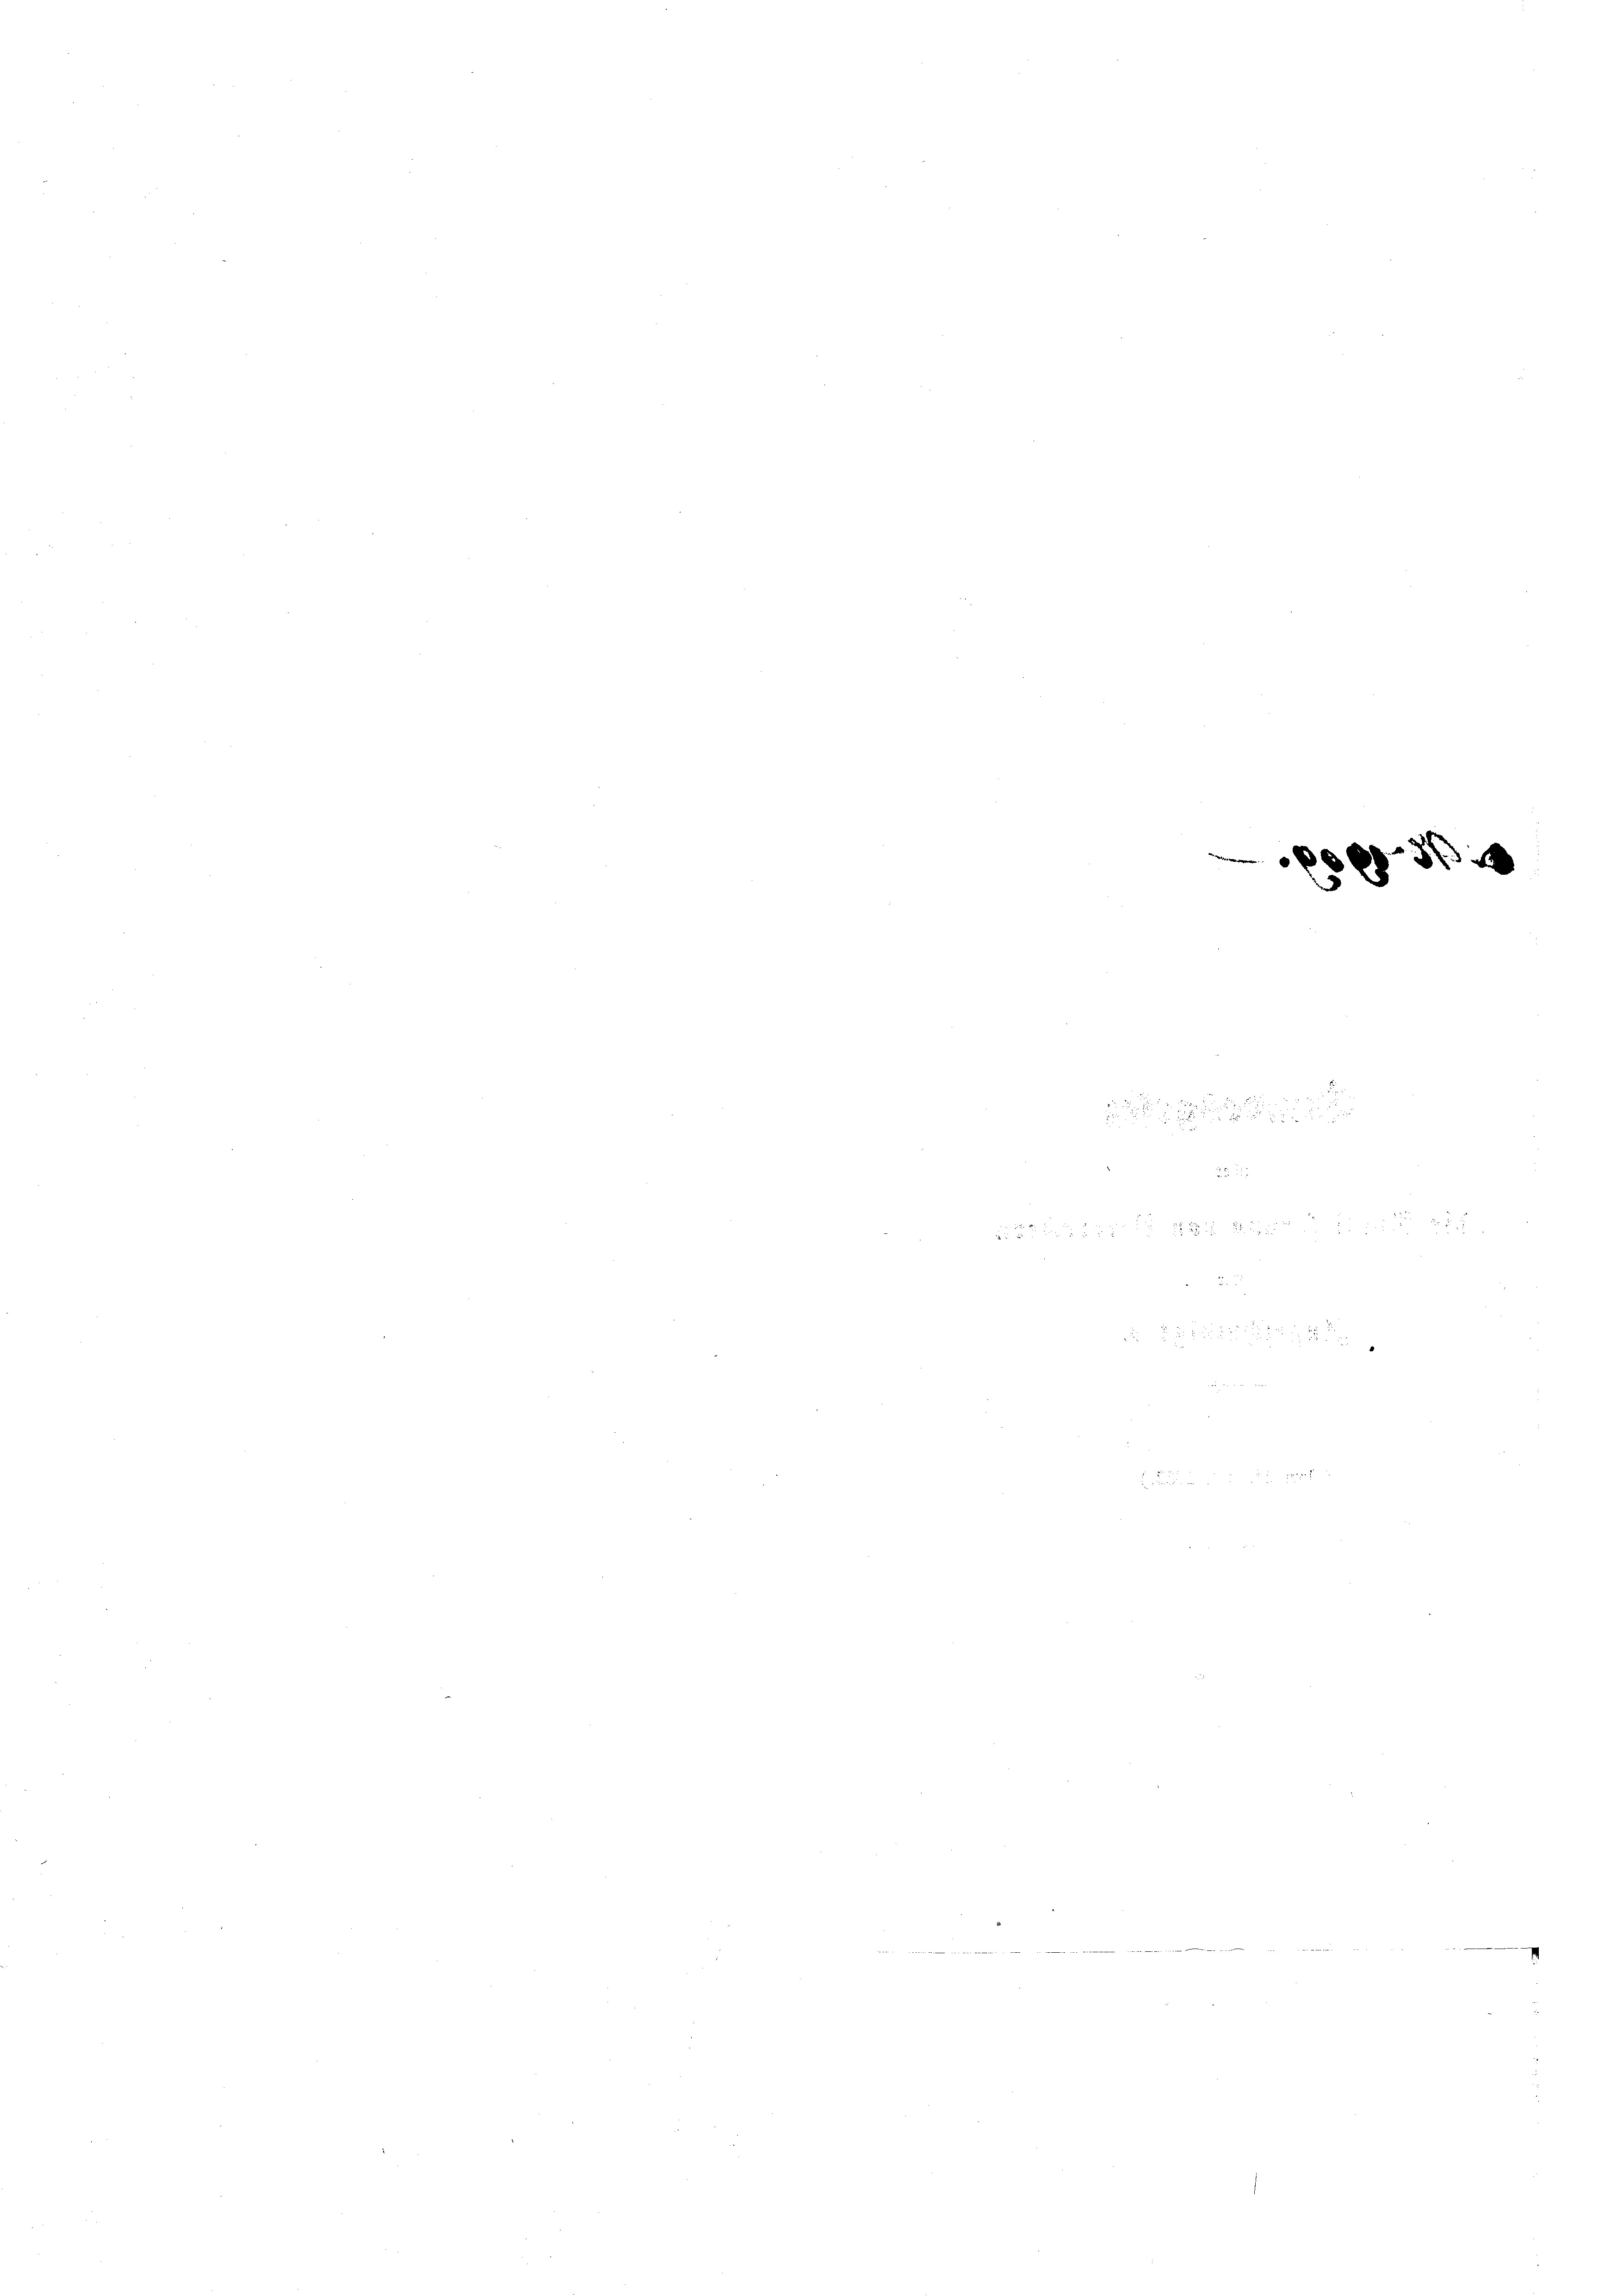
e

29
8